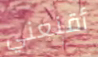
أقنعني